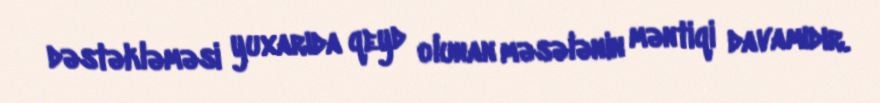
dəstəkləməsi yuxarıda qeyd olunan məsələnin məntiqi davamıdır.